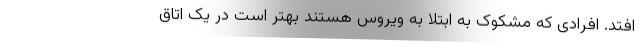
‌افتد. افرادی که مشکوک به ابتلا به ویروس هستند بهتر است در یک اتاق